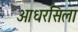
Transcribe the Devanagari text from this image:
आधरसिला